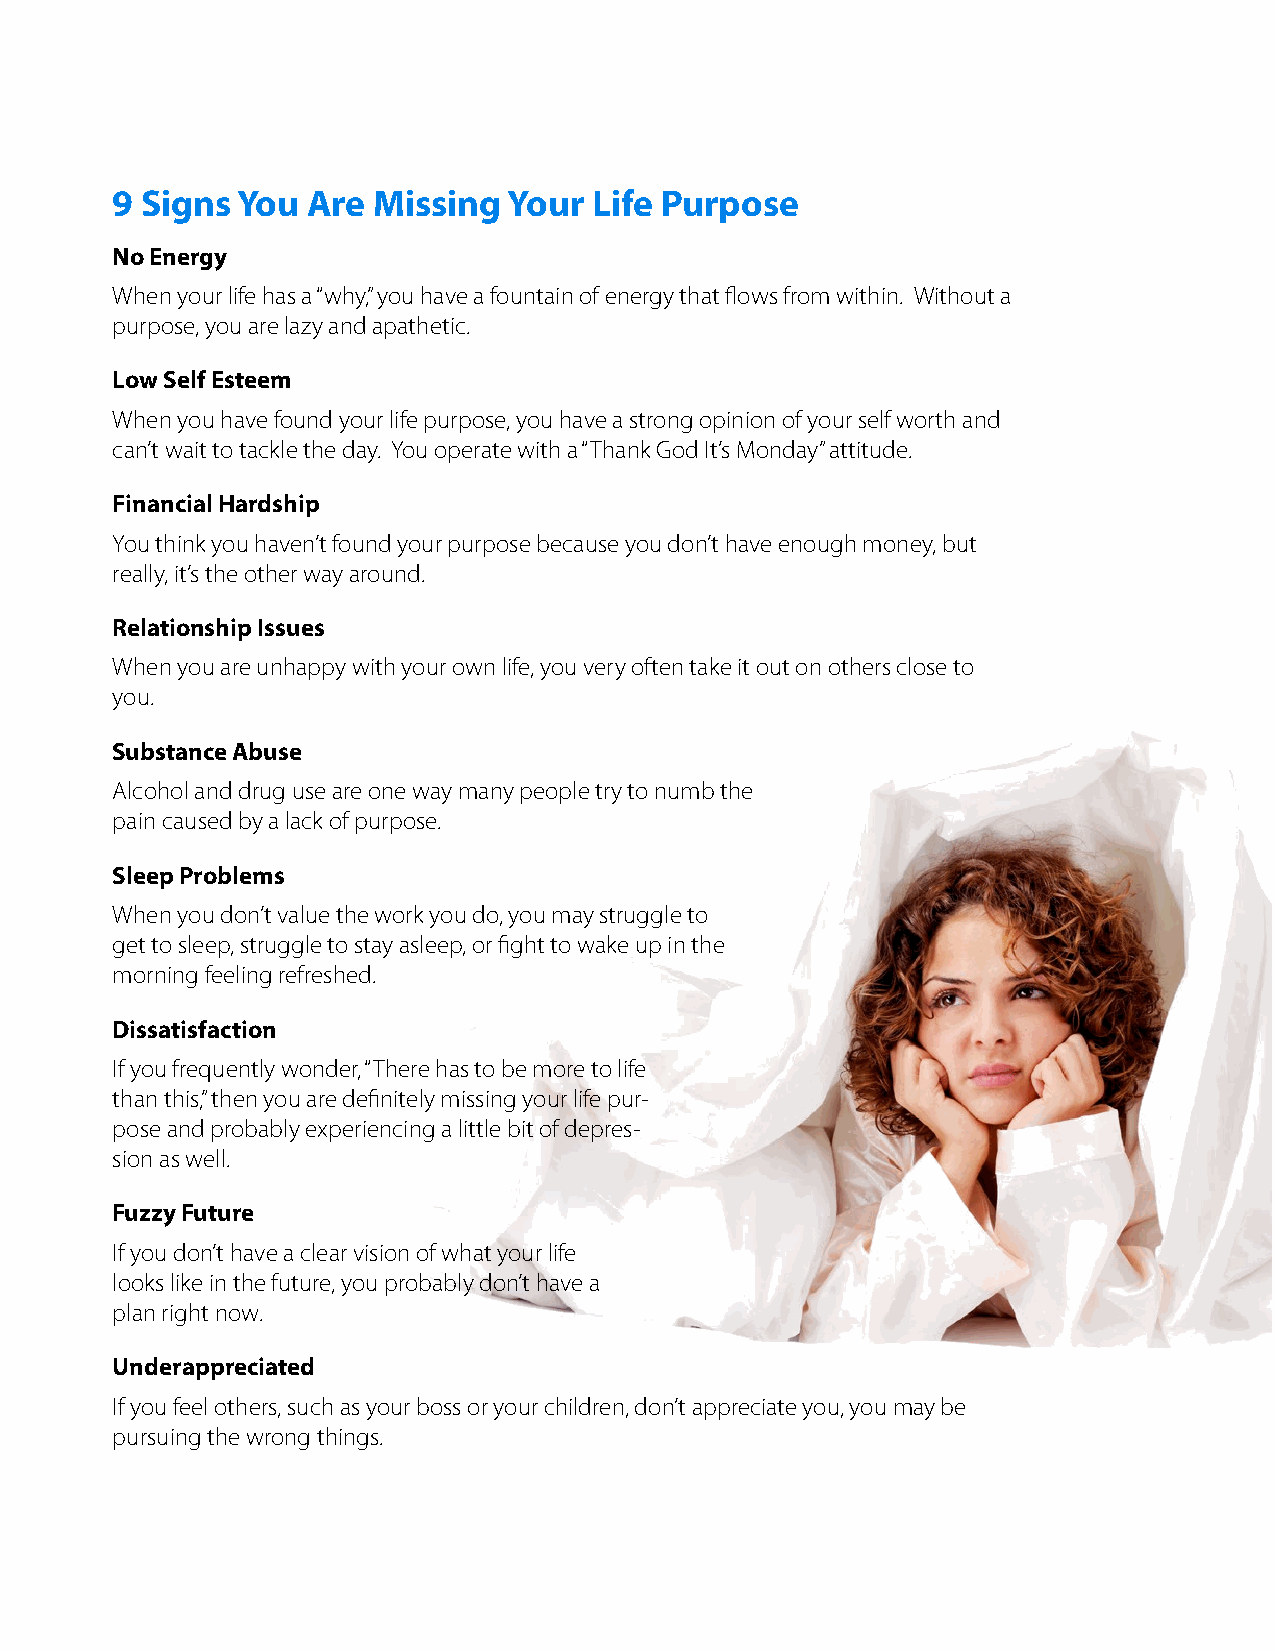
9 Signs  You Are  Missing  Your Life Purpose
 No Energy
 When your life has a “why,” you have a fountain of energy that flows from within. Without a
 purpose, you are lazy and apathetic.
 Low Self Esteem
 When you have found your life purpose, you have a strong opinion of your self worth and
 can’t wait to tackle the day. You operate with a “Thank God It’s Monday” attitude.
 Financial Hardship
 You think you haven’t found your purpose because you don’t have enough money, but
 really, it’s the other way around.
 Relationship Issues
 When you are unhappy with your own life, you very often take it out on others close to
 you.
 Substance Abuse
 Alcohol and drug use are one way many people try to numb the
 pain caused by a lack of purpose.
 Sleep Problems
 When you don’t value the work you do, you may struggle to
 get to sleep, struggle to stay asleep, or fight to wake up in the
 morning feeling refreshed.
 Dissatisfaction
 If you frequently wonder, “There has to be more to life
 than this,” then you are definitely missing your life pur-
 pose and probably experiencing a little bit of depres-
 sion as well.
 Fuzzy Future
 If you don’t have a clear vision of what your life
 looks like in the future, you probably don’t have a
 plan right now.
 Underappreciated
 If you feel others, such as your boss or your children, don’t appreciate you, you may be
 pursuing the wrong things.